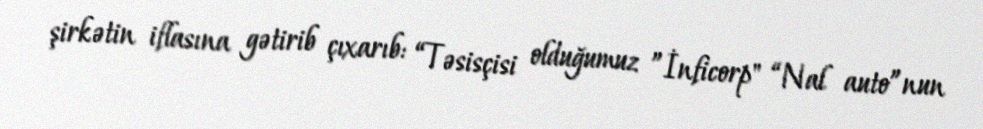
şirkətin iflasına gətirib çıxarıb: “Təsisçisi olduğumuz ”İnficorp" “Nal auto”nun